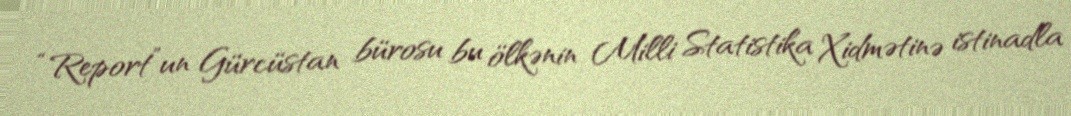
“Report”un Gürcüstan bürosu bu ölkənin Milli Statistika Xidmətinə istinadla